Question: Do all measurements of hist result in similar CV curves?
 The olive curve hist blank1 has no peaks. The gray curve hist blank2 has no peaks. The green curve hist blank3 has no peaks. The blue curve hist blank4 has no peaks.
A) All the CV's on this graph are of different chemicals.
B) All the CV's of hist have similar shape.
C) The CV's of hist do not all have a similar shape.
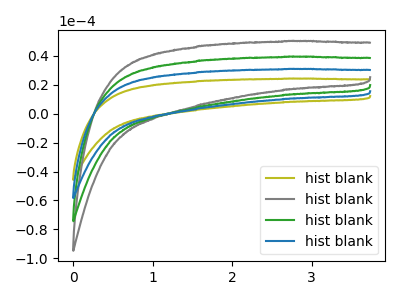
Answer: <think>Neither "hist blank1" or "hist blank2" have any peaks. Neither "hist blank1" or "hist blank3" have any peaks. Neither "hist blank1" or "hist blank4" have any peaks. Neither "hist blank2" or "hist blank3" have any peaks. Neither "hist blank2" or "hist blank4" have any peaks. Neither "hist blank3" or "hist blank4" have any peaks.
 </think>
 <answer>B) All the CV's of "hist" have similar shape.</answer>
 <eval>B</eval>